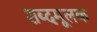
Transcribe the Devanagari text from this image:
शब्दमूलक